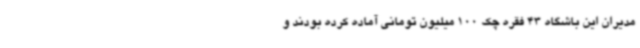
مدیران این باشگاه 43 فقره چک 100 میلیون تومانی آماده کرده بودند و